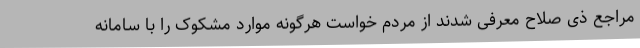
مراجع ذی صلاح معرفی شدند از مردم خواست هرگونه موارد مشکوک را با سامانه